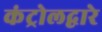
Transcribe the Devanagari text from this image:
कंट्रोलद्वारे